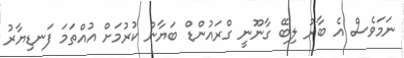
ނަމަވެސް އެ ބާރު ލިބޭ ގާނޫނީ ގްރައުންޑް ބަޔާން ކުރުމަށް އުއްތަމަ ފަނޑިޔާރު